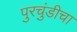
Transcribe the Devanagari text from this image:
पुरचुंडीचा